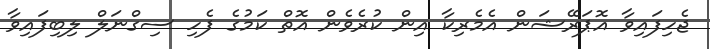
ޖެހިފައިވާ އޮޕަރޭޝަން އެމެރިކާ އިން ކުރެވެން އޮތް ކަމުގެ ފެހި ސިގްނަލް ލިބިފައިވާ